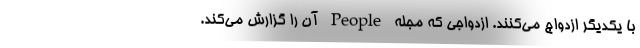
با یکدیگر ازدواج می‌کنند. ازدواجی که مجله People آن را گزارش می‌کند.